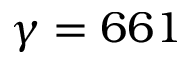
\gamma = 6 6 1